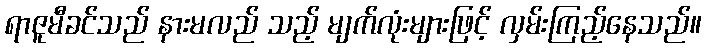
ရာဇူမီခင်သည် နားမလည် သည့် မျက်လုံးများဖြင့် လှမ်းကြည့်နေသည်။